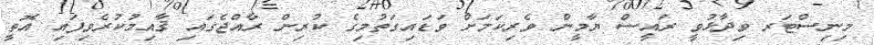
މިނިސްޓަރ ވިދާޅުވީ ރައީސް ޔާމީން ވެރިކަމަށް ވަޑައިގަތުމިގެ ކުރިން ރާއްޖެގައި ޤާއިމުކުރެވިފައި އޮތީ